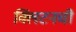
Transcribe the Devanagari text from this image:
क्लिंटनची